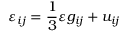
\varepsilon _ { i j } = \frac 1 3 \varepsilon g _ { i j } + u _ { i j } \,